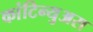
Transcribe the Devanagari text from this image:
कांटिन्युअस